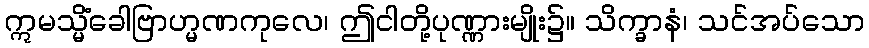
ဣမသ္မိံခေါဗြာဟ္မဏကုလေ၊ ဤငါတို့ပုဏ္ဏားမျိုး၌။ သိက္ခာနံ၊ သင်အပ်သော